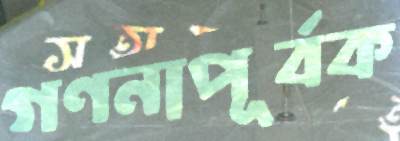
গণনাপূর্বক